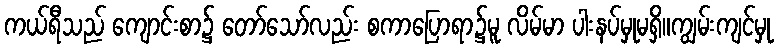
ကယ်ရီသည် ကျောင်းစာ၌ တော်သော်လည်း စကာပြောရာ၌မူ လိမ်မာ ပါးနပ်မှုမရှိ။ကျွမ်းကျင်မှု